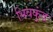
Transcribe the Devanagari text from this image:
भिवकुंड